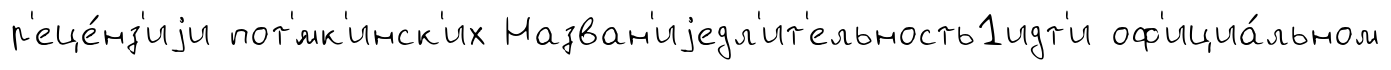
р'еце́нз'иjи пот'́мк'инск'их Назван'иjедл'ит'ельность1идт'и оф'ициа́льном